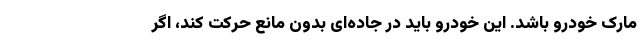
مارک خودرو باشد. این خودرو باید در جاده‌ای بدون مانع حرکت کند، اگر